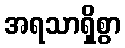
အရသာရှိစွာ